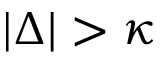
| \Delta | > \kappa